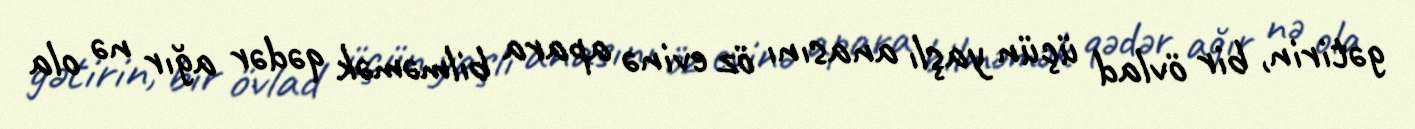
gətirin, bir övlad üçün yaşlı anasını öz evinə apara bilməmək qədər ağır nə ola